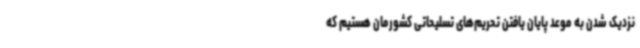
نزدیک شدن به موعد پایان یافتن تحریم‌های تسلیحاتی کشورمان هستیم که